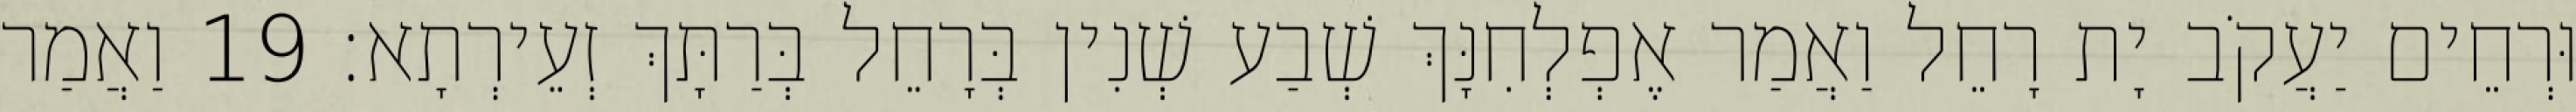
וּרְחֵים יַעֲקֹב יָת רָחֵל וַאֲמַר אֶפְלְחִנָּךְ שְׁבַע שְׁנִין בְּרָחֵל בְּרַתָּךְ זְעֵירְתָא׃ 19 וַאֲמַר